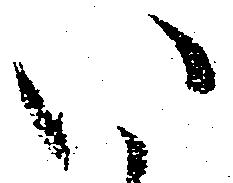
い